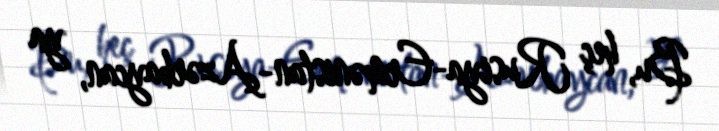
Bu, heç Rusiya-Ermənistan-Azərbaycan, ya